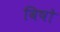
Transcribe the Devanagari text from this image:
विषो